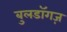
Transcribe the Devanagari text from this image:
बुलडॉगज़